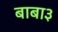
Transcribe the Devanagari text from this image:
बाबा३